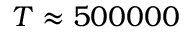
T \approx 5 0 0 0 0 0